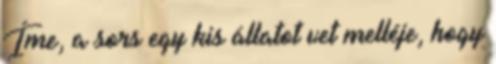
Íme, a sors egy kis állatot vet melléje, hogy